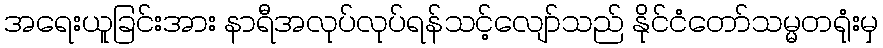
အရေးယူခြင်းအား နာရီအလုပ်လုပ်ရန်သင့်လျော်သည် နိုင်ငံတော်သမ္မတရုံးမှ